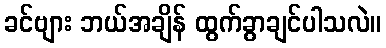
ခင်ဗျား ဘယ်အချိန် ထွက်ခွာချင်ပါသလဲ။